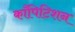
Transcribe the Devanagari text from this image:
काँपिटिशन